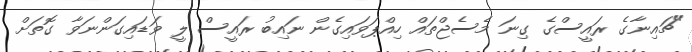
"ޗައިނާގެ ރައީސްގެ ގިނަ މެސެޖްތައް ހިއްޕަވައިގެން ނައިބު ރައީސް ލީ ވަޑައިގަންނަވާ ގޮތަށް